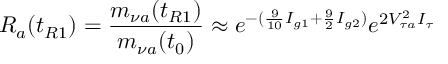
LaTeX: R _ { a } ( t _ { R 1 } ) = \frac { m _ { \nu a } ( t _ { R 1 } ) } { m _ { \nu a } ( t _ { 0 } ) } \approx e ^ { - ( \frac { 9 } { 1 0 } I _ { g 1 } + \frac { 9 } { 2 } I _ { g 2 } ) } e ^ { 2 V _ { \tau a } ^ { 2 } I _ { \tau } }